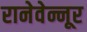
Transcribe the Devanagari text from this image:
रानेवेन्नूर